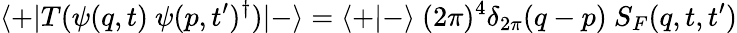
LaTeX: \langle+\vert T(\psi(q,t)\ \psi(p,t^{\prime})^{\dagger})\vert-\rangle=\langle+\vert-\rangle\ (2\pi)^{4}\delta_{2\pi}(q-p)\ S_{F}(q,t,t^{\prime})